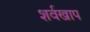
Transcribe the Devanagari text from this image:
शर्वखाप